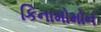
કિનામોમોન